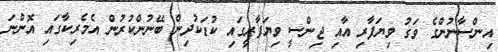
އިންސާނުންގެ ވަގު ވިޔަފާރި އާއި ޖިންސީ ވިޔަފާރީގައި ކުޑަކުދިން ބޭނުންކުރުން އެމެރިކާގައި އޮންނަ